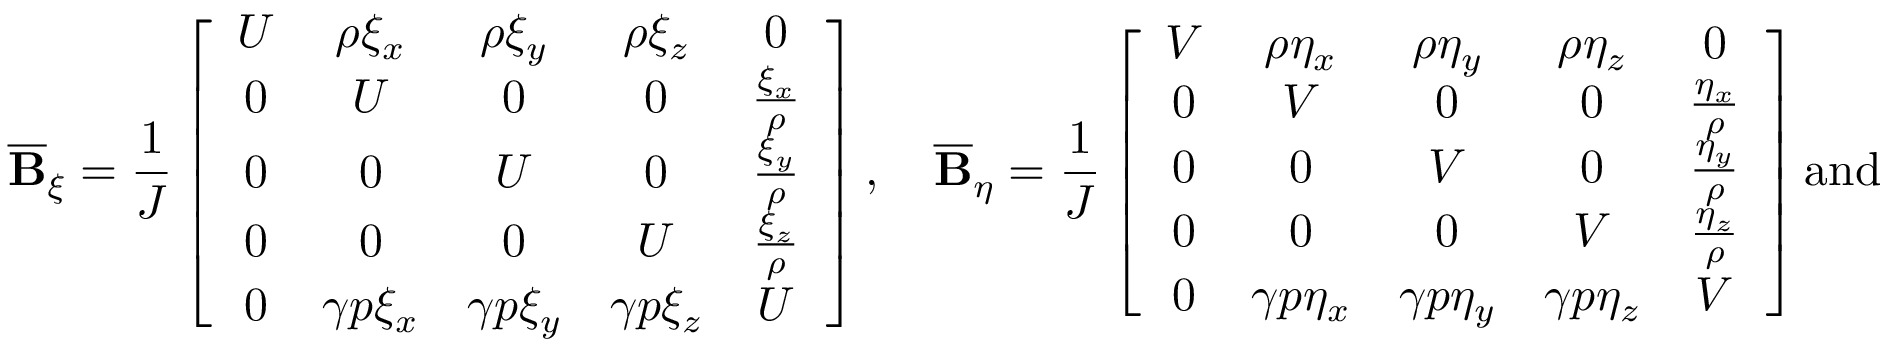
\overline { { \mathbf { B } } } _ { \xi } = \frac { 1 } { J } \left[ \begin{array} { c c c c c } { U } & { \rho \xi _ { x } } & { \rho \xi _ { y } } & { \rho \xi _ { z } } & { 0 } \\ { 0 } & { U } & { 0 } & { 0 } & { \frac { \xi _ { x } } { \rho } } \\ { 0 } & { 0 } & { U } & { 0 } & { \frac { \xi _ { y } } { \rho } } \\ { 0 } & { 0 } & { 0 } & { U } & { \frac { \xi _ { z } } { \rho } } \\ { 0 } & { \gamma p \xi _ { x } } & { \gamma p \xi _ { y } } & { \gamma p \xi _ { z } } & { U } \end{array} \right] , \quad \overline { { \mathbf { B } } } _ { \eta } = \frac { 1 } { J } \left[ \begin{array} { c c c c c } { V } & { \rho \eta _ { x } } & { \rho \eta _ { y } } & { \rho \eta _ { z } } & { 0 } \\ { 0 } & { V } & { 0 } & { 0 } & { \frac { \eta _ { x } } { \rho } } \\ { 0 } & { 0 } & { V } & { 0 } & { \frac { \eta _ { y } } { \rho } } \\ { 0 } & { 0 } & { 0 } & { V } & { \frac { \eta _ { z } } { \rho } } \\ { 0 } & { \gamma p \eta _ { x } } & { \gamma p \eta _ { y } } & { \gamma p \eta _ { z } } & { V } \end{array} \right] \mathrm { a n d }